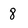
Character: 8